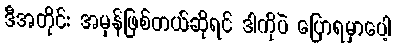
ဒီအတိုင်း အမှန်ဖြစ်တယ်ဆိုရင် ဒါကိုပဲ ပြောရမှာပေါ့